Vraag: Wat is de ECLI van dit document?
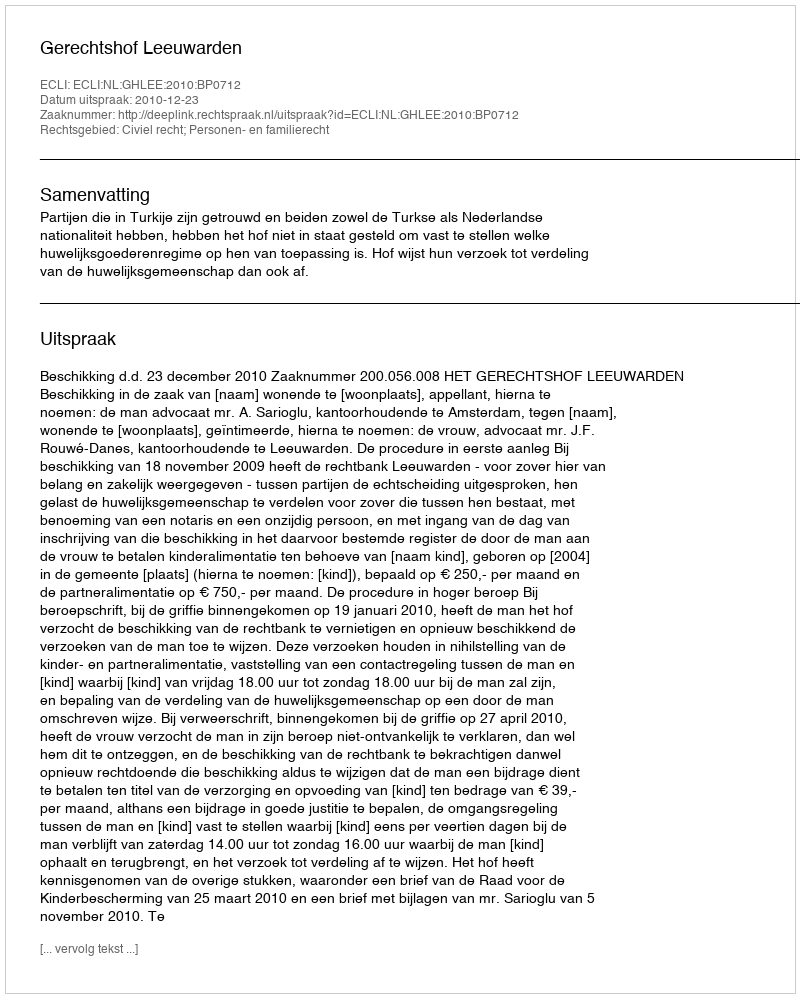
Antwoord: ECLI:NL:GHLEE:2010:BP0712